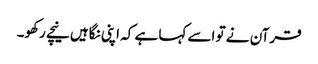
قرآن نے تو اسے کہا ہے کہ اپنی نگاہیں نیچے رکھو۔